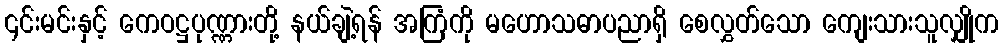
၎င်းမင်းနှင့် ကေဝဋ္ဌပုဏ္ဏားတို့ နယ်ချဲ့ရန် အကြံကို မဟောသဓာပညာရှိ စေလွှတ်သော ကျေးသားသူလျှိုက